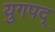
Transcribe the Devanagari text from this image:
युगपद्